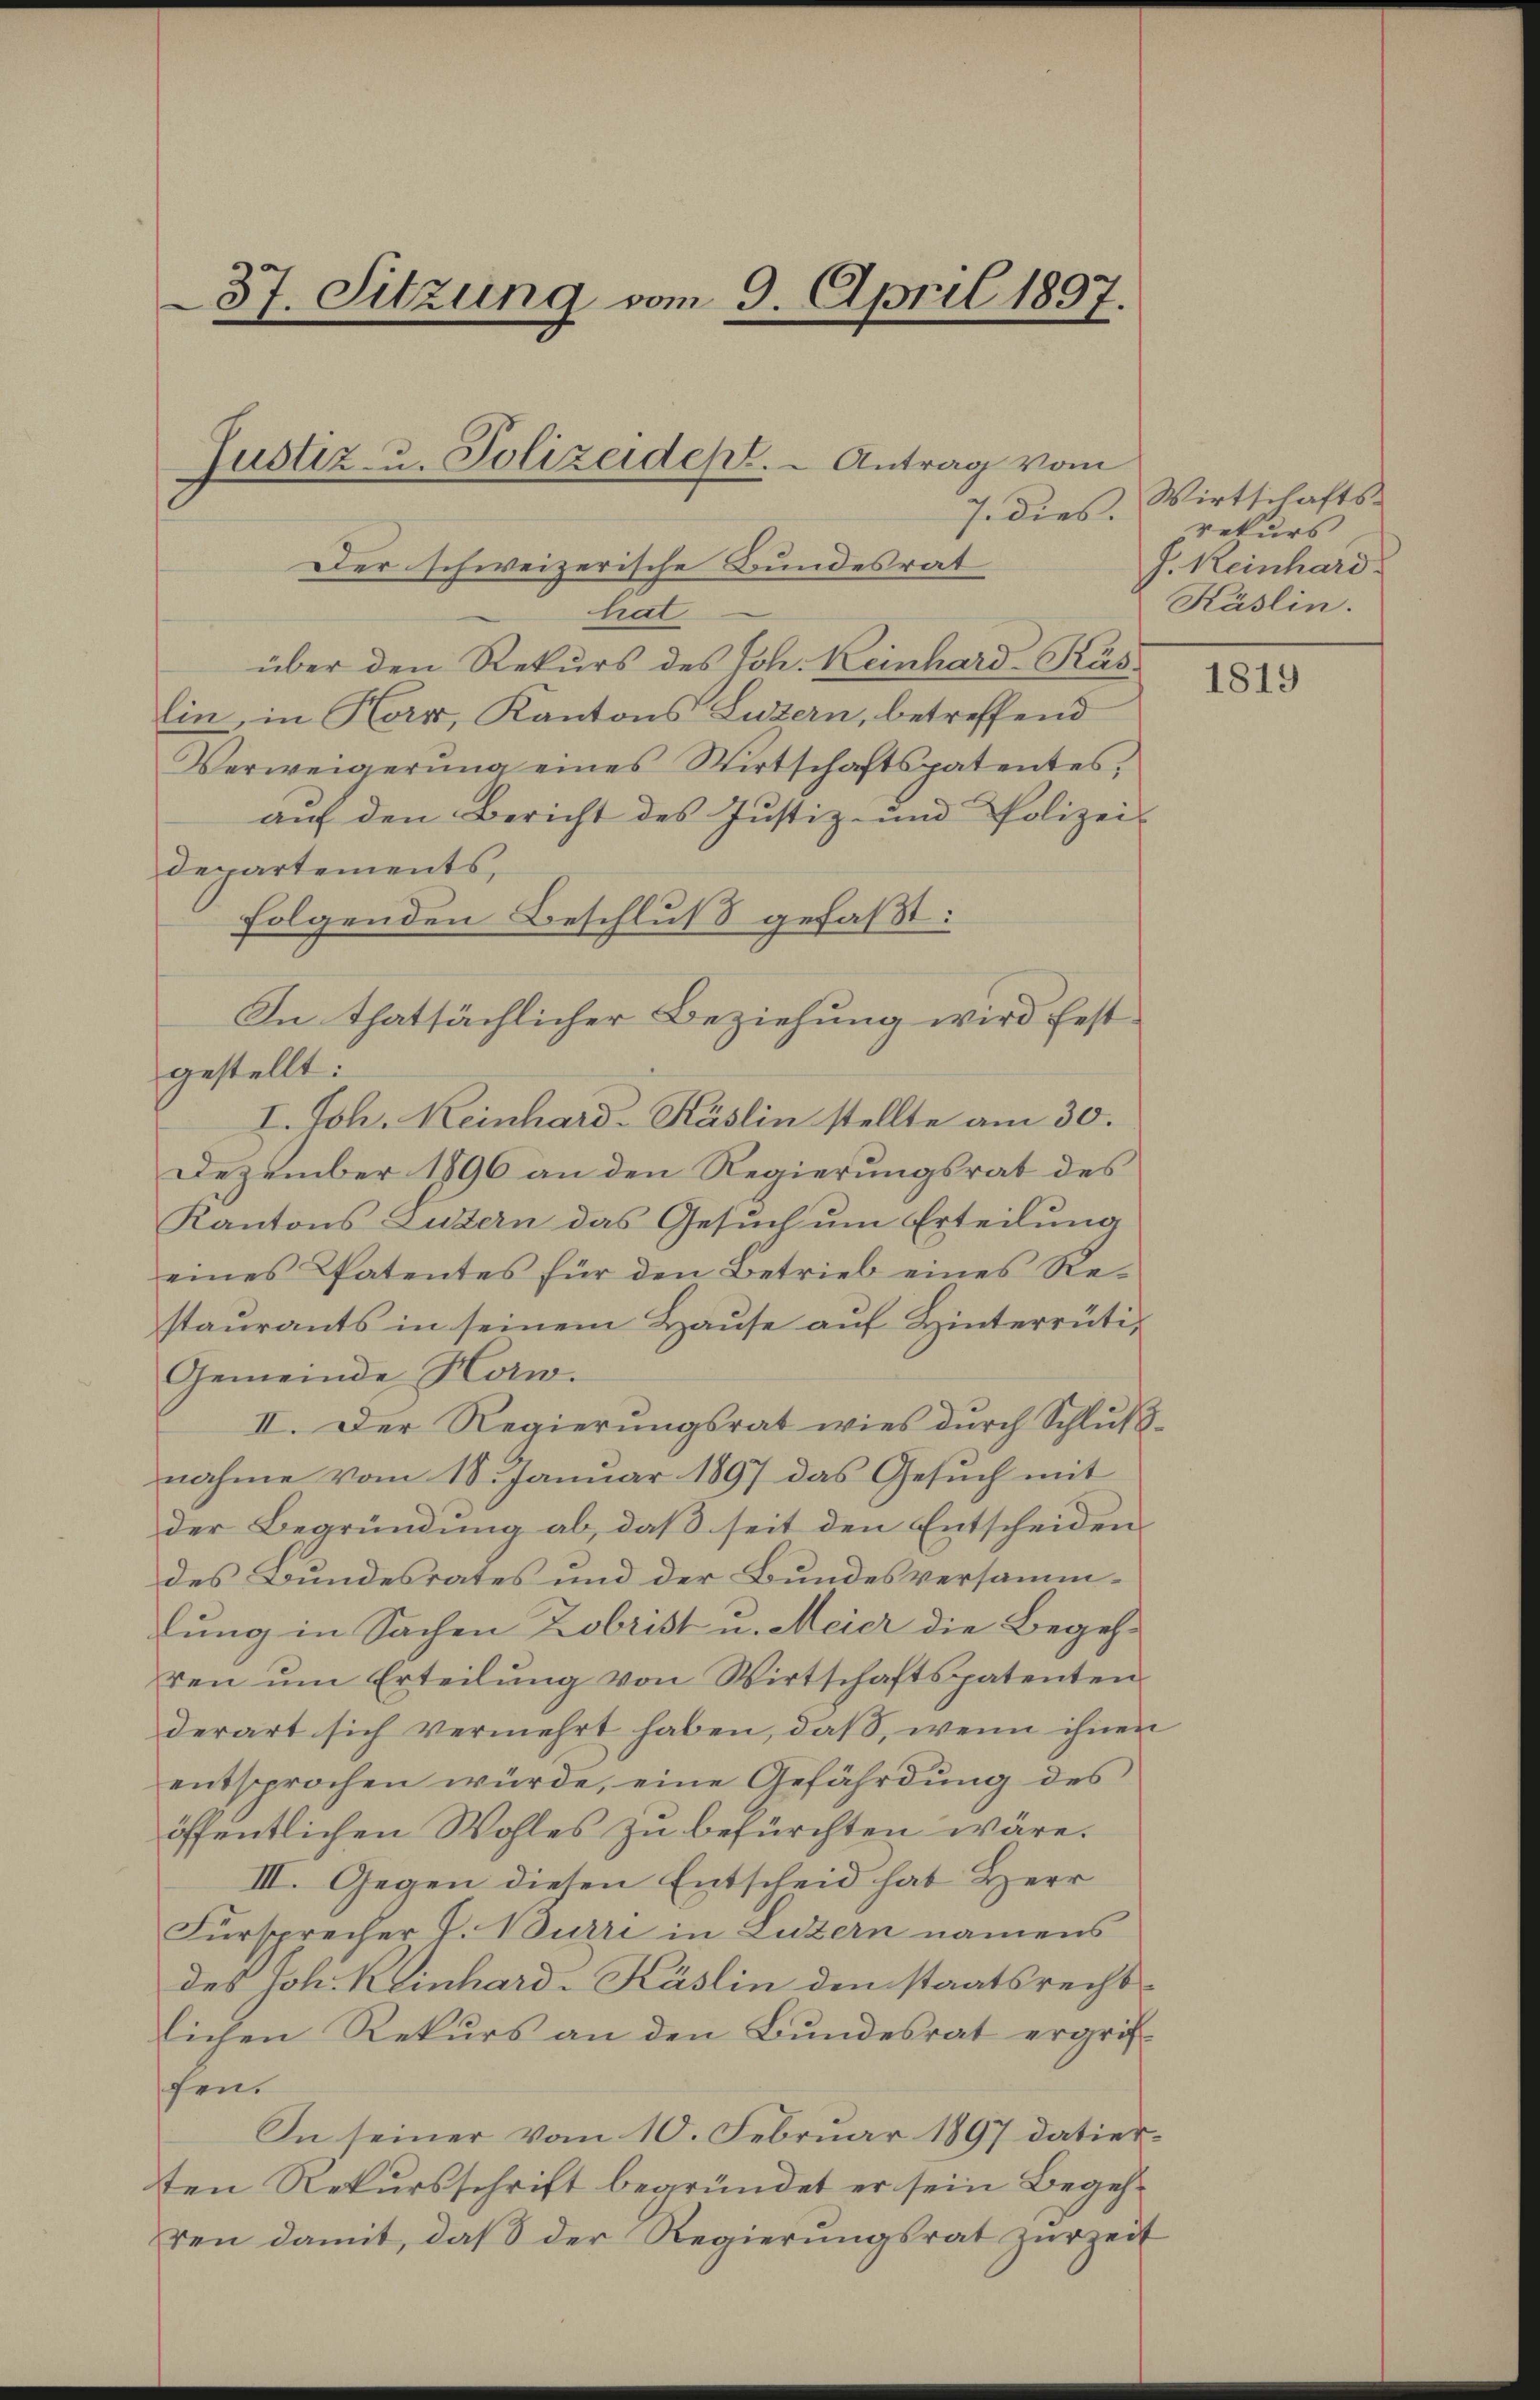
37. Sitzung vom 9. April 1897.

7. dies
Der schweizerische Bundesrat
hat
über den Rekurs des Joh. Keinhard-Kas
lin, in Horw, Kantons Luzern, betreffend
Verweigerung eines Wirtschaftspatentes,
auf den Bericht des Justiz- und Polizei-
departements,
folgenden Beschluß gefaßt:
In thatsächlicher Beziehung wird festgestellt:
I. Joh. Keinhard-Käslin stellte am 30.
Dezember 1896 an den Regierungsrat des
Kantons Luzern das Gesuch um Erteilung
eines Patentes für den Betrieb eines Re-
staurants in seinem Hause auf Hinterrüti¬
Gemeinde Horw.
II. Der Regierŭngsrat wies dŭrch Schlŭβ-
nahme vom 18. Januar 1897 das Gesuch mit
der Begründung ab, daß seit den Entscheiden
des Bundesrates und der Bundesversammlung in Sachen Zobrist u. Meier die Begehren ŭm Erteilŭng von Wirtschaftspatenten
derart sich vermehrt haben, daß, wenn ihnen
entsprochen würde, eine Gefährdung des
öffentlichen Wohles zu befürchten wäre.
III. Gegen diesen Entscheid hat Herr
Fürsprecher P. Burri in Luzern namens
des Joh. Keinhard-Käslin den staatsrechtlichen Rekurs an den Bundesrat ergrif
fen.
In seiner vom 10. Februar 1897 datierten Rekursschrift begründet er sein Begehren damit, daβ der Regierungsrat zŭr Zeit

Justiz- u. Polizeidept. - Antrag vom

Wirtschafts-
rekurs
J. Keinhard.
Käslin.

1819